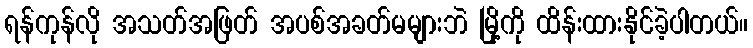
ရန်ကုန်လို အသတ်အဖြတ် အပစ်အခတ်မများဘဲ မြို့ကို ထိန်းထားနိုင်ခဲ့ပါတယ်။